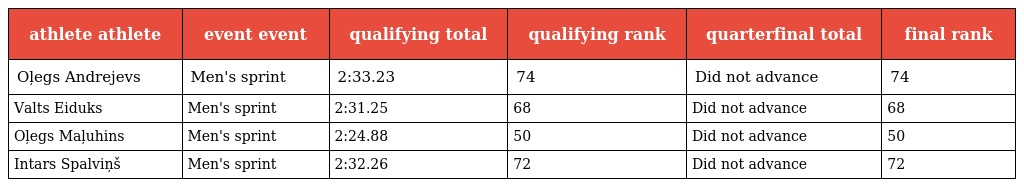
| athlete athlete | event event | qualifying total | qualifying rank | quarterfinal total | final rank |
 | --- | --- | --- | --- | --- | --- |
 | Oļegs Andrejevs | Men's sprint | 2:33.23 | 74 | Did not advance | 74 |
 | Valts Eiduks | Men's sprint | 2:31.25 | 68 | Did not advance | 68 |
 | Oļegs Maļuhins | Men's sprint | 2:24.88 | 50 | Did not advance | 50 |
 | Intars Spalviņš | Men's sprint | 2:32.26 | 72 | Did not advance | 72 |